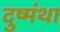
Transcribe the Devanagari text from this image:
दुष्मंथा